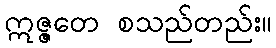
ဣဇ္ဇတေ စသည်တည်း။